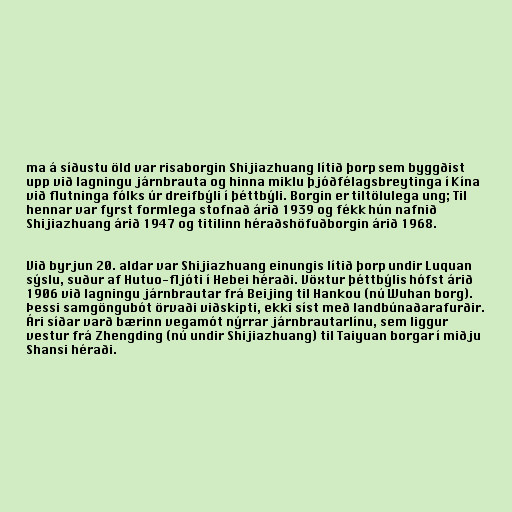
ma á síðustu öld var risaborgin Shijiazhuang lítið þorp sem byggðist
upp við lagningu járnbrauta og hinna miklu þjóðfélagsbreytinga í Kína
við flutninga fólks úr dreifbýli í þéttbýli. Borgin er tiltölulega ung; Til
hennar var fyrst formlega stofnað árið 1939 og fékk hún nafnið
Shijiazhuang árið 1947 og titilinn héraðshöfuðborgin árið 1968.

Við byrjun 20. aldar var Shijiazhuang einungis lítið þorp undir Luquan
sýslu, suður af Hutuo-fljóti í Hebei héraði. Vöxtur þéttbýlis hófst árið
1906 við lagningu járnbrautar frá Beijing til Hankou (nú Wuhan borg).
Þessi samgöngubót örvaði viðskipti, ekki síst með landbúnaðarafurðir.
Ári síðar varð bærinn vegamót nýrrar járnbrautarlínu, sem liggur
vestur frá Zhengding (nú undir Shijiazhuang) til Taiyuan borgar í miðju
Shansi héraði.